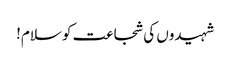
شہیدوں کی شجاعت کو سلام!